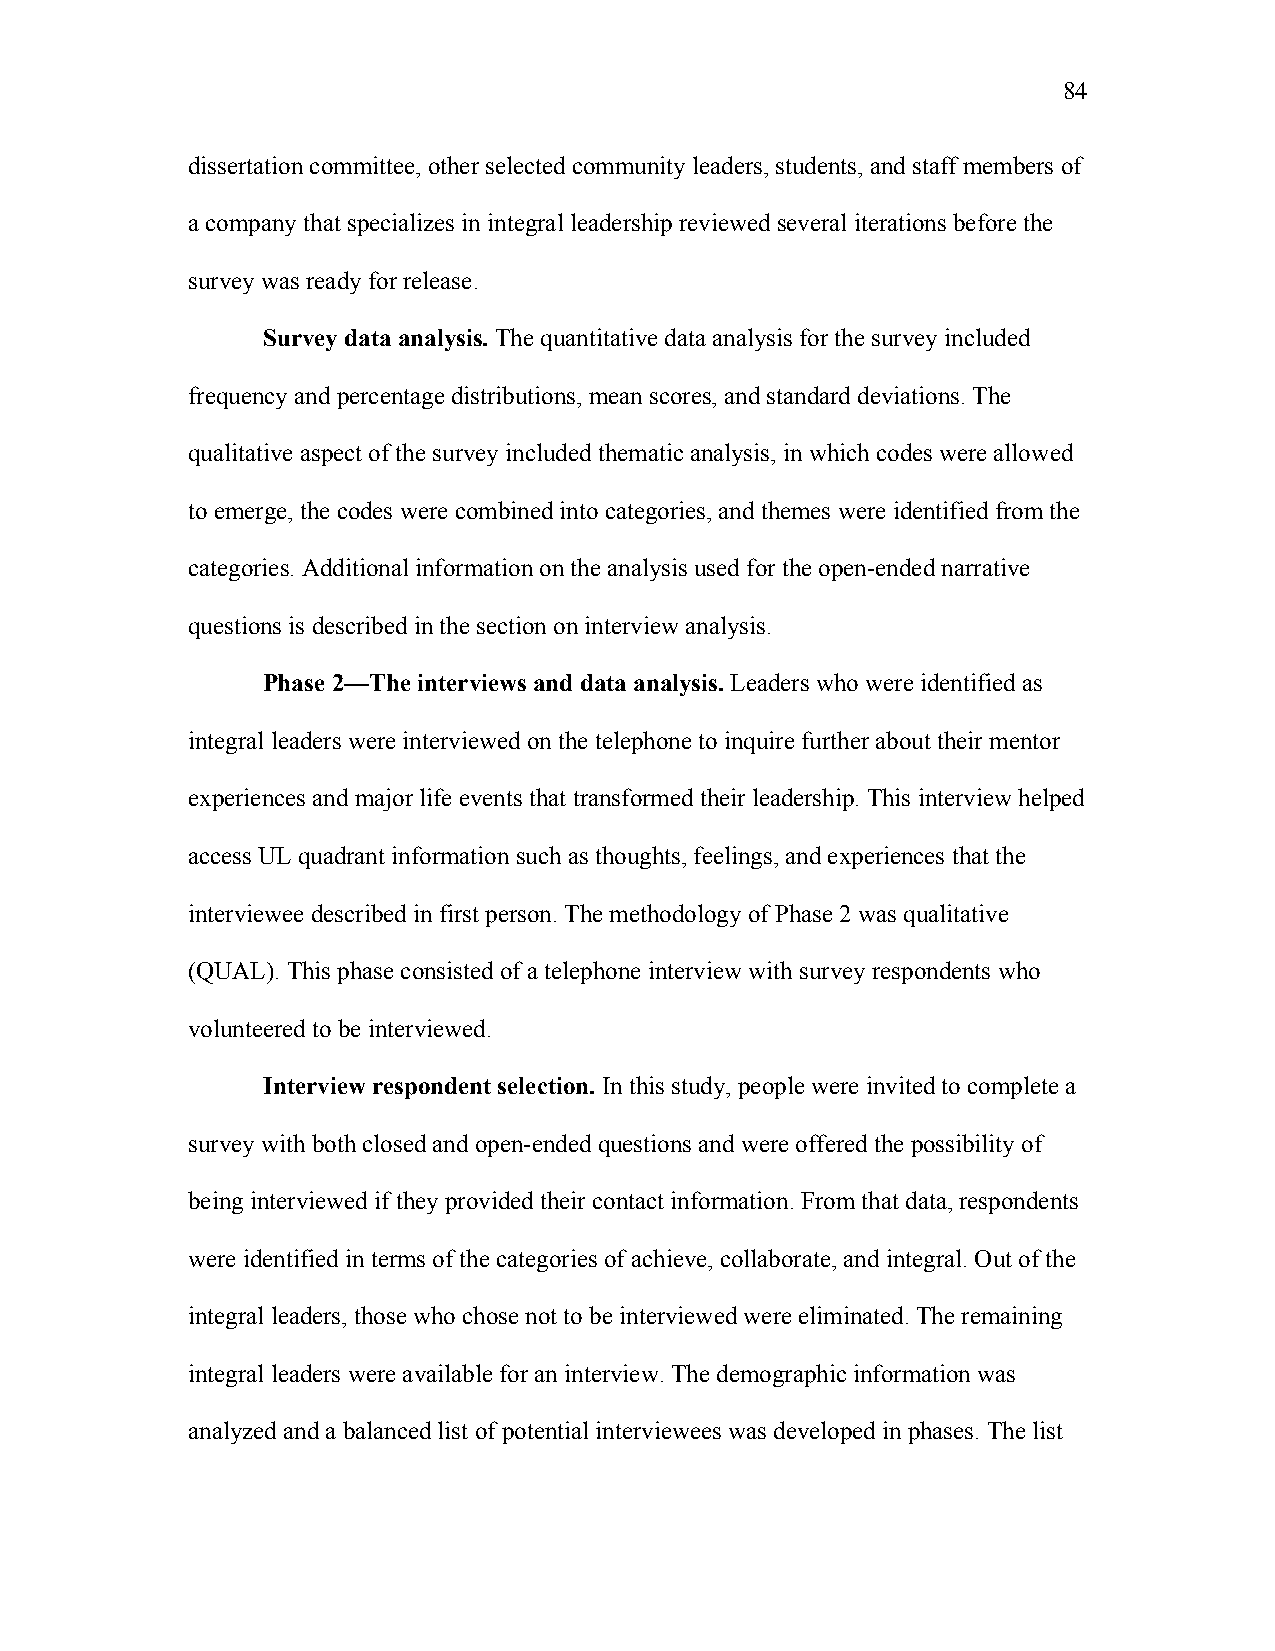
84
 dissertation committee, other selected community leaders, students, and staff members of
 a company that specializes in integral leadership reviewed several iterations before the
 survey was ready for release.
 Survey data analysis. The quantitative data analysis for the survey included
 frequency and percentage distributions, mean scores, and standard deviations. The
 qualitative aspect of the survey included thematic analysis, in which codes were allowed
 to emerge, the codes were combined into categories, and themes were identified from the
 categories. Additional information on the analysis used for the open-ended narrative
 questions is described in the section on interview analysis.
 Phase 2—The interviews and data analysis. Leaders who were identified as
 integral leaders were interviewed on the telephone to inquire further about their mentor
 experiences and major life events that transformed their leadership. This interview helped
 access UL quadrant information such as thoughts, feelings, and experiences that the
 interviewee described in first person. The methodology of Phase 2 was qualitative
 (QUAL). This phase consisted of a telephone interview with survey respondents who
 volunteered to be interviewed.
 Interview respondent selection. In this study, people were invited to complete a
 survey with both closed and open-ended questions and were offered the possibility of
 being interviewed if they provided their contact information. From that data, respondents
 were identified in terms of the categories of achieve, collaborate, and integral. Out of the
 integral leaders, those who chose not to be interviewed were eliminated. The remaining
 integral leaders were available for an interview. The demographic information was
 analyzed and a balanced list of potential interviewees was developed in phases. The list